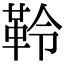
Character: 𩊂